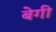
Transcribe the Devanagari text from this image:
बेगी